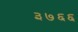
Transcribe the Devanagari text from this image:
३७६६